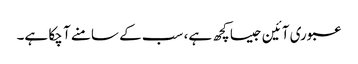
عبوری آئین جیسا کچھ ہے، سب کے سامنے آ چکا ہے۔